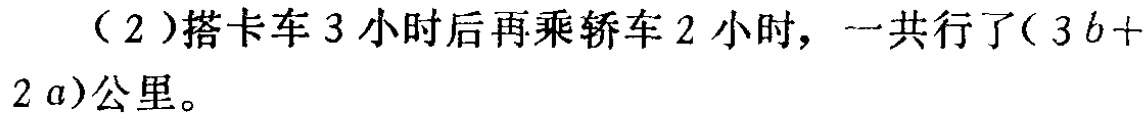
（2）搭卡车3小时后再乘轿车2小时，一共行了\((3b + 2a)\)公里。